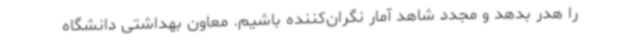
را هدر بدهد و مجدد شاهد آمار نگران‌کننده باشیم. معاون بهداشتی دانشگاه